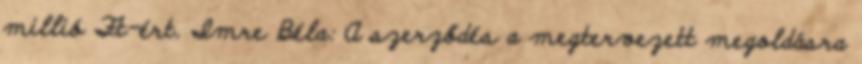
millió Ft-ért. Imre Béla: A szerződés a megtervezett megoldásra